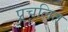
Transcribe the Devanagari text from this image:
प्र्रचलित